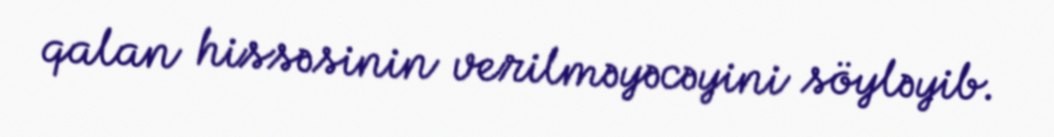
qalan hissəsinin verilməyəcəyini söyləyib.